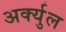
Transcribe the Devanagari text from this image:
अर्क्युल